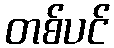
တစ်ပင်